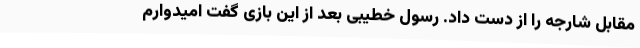
مقابل شارجه را از دست داد. رسول خطیبی بعد از این بازی گفت امیدوارم